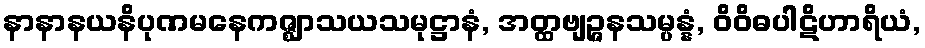
နာနာနယနိပုဏမနေကဇ္ဈာသယသမုဋ္ဌာနံ, အတ္ထဗျဉ္ဇနသမ္ပန္နံ, ဝိဝိဓပါဋိဟာရိယံ,